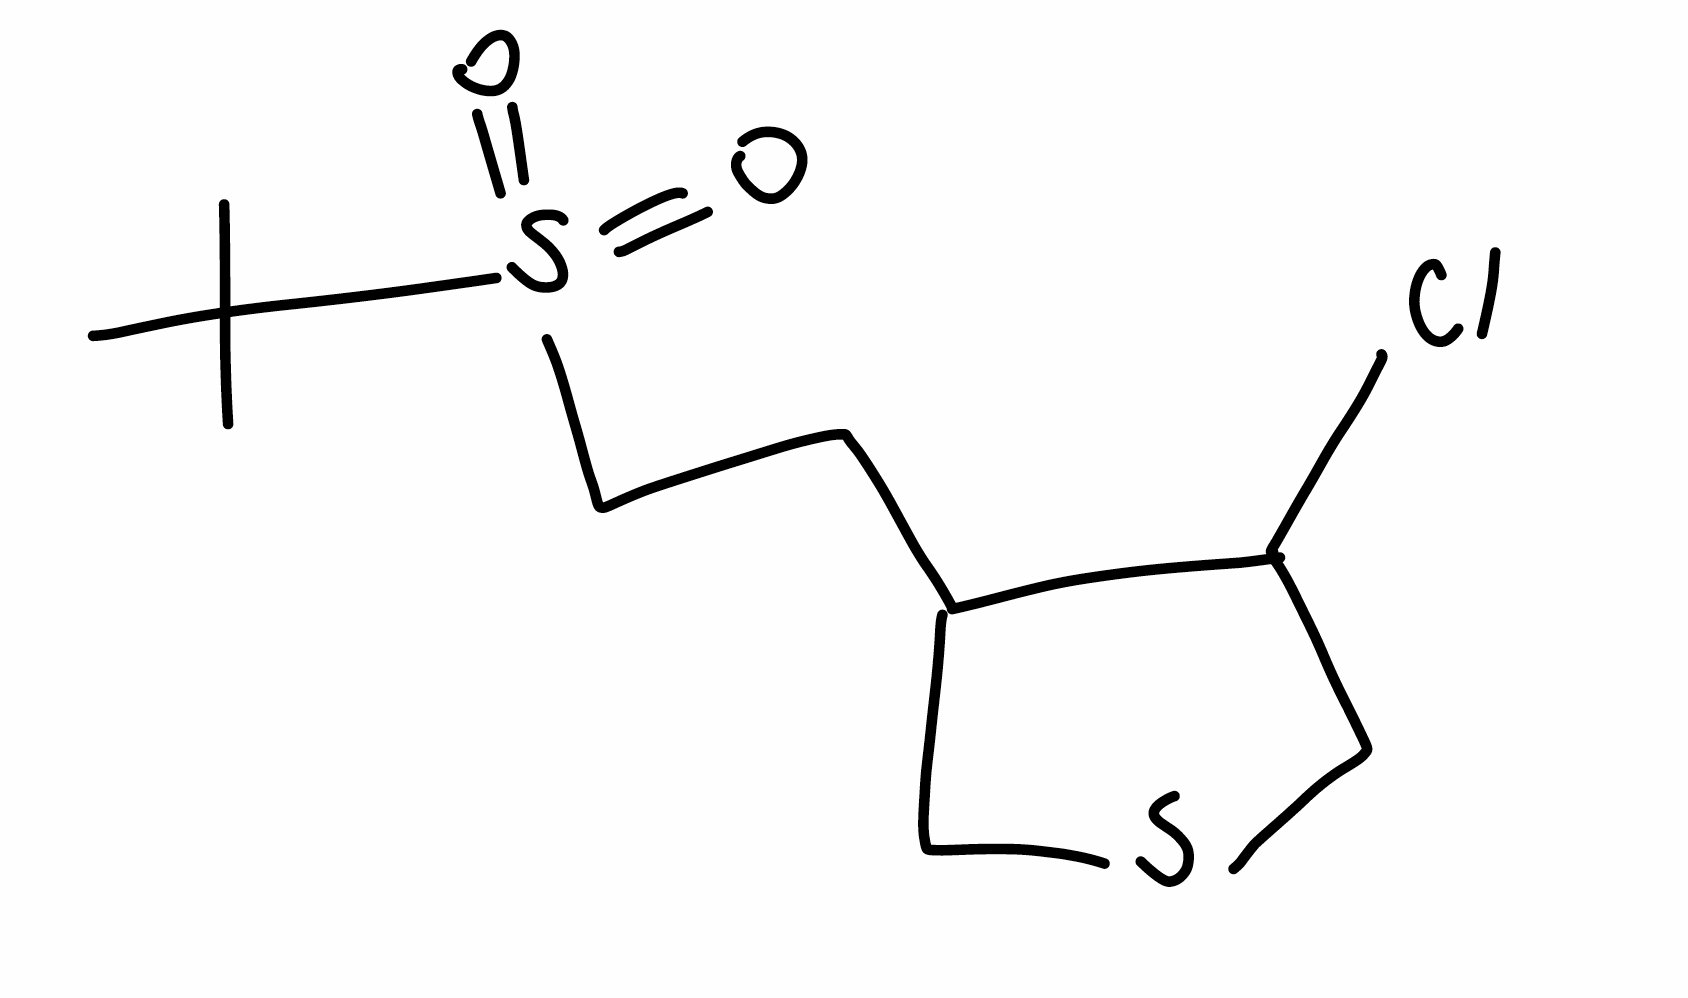
Simplified molecular-input line-entry system (SMILES) notation of the given molecule:
CC(C)(C)S(=O)(=O)CCC1CSCC1Cl